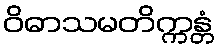
ဝိဓာသမတိက္ကန္တံ